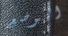
الوضع